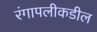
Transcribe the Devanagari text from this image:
रंगापलीकडील